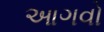
આગવો